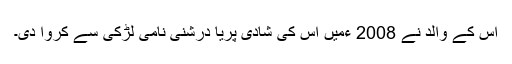
اس کے والد نے 2008 ءمیں اس کی شادی پریا درشنی نامی لڑکی سے کروا دی۔